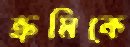
ক্রমিকে